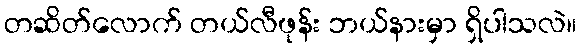
တဆိတ်လောက် တယ်လီဖုန်း ဘယ်နားမှာ ရှိပါသလဲ။